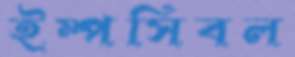
ইম্পসিবল